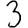
Digit: 3